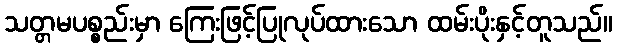
သတ္တမပစ္စည်းမှာ ကြေးဖြင့်ပြုလုပ်ထားသော ထမ်းပိုးနှင့်တူသည်။